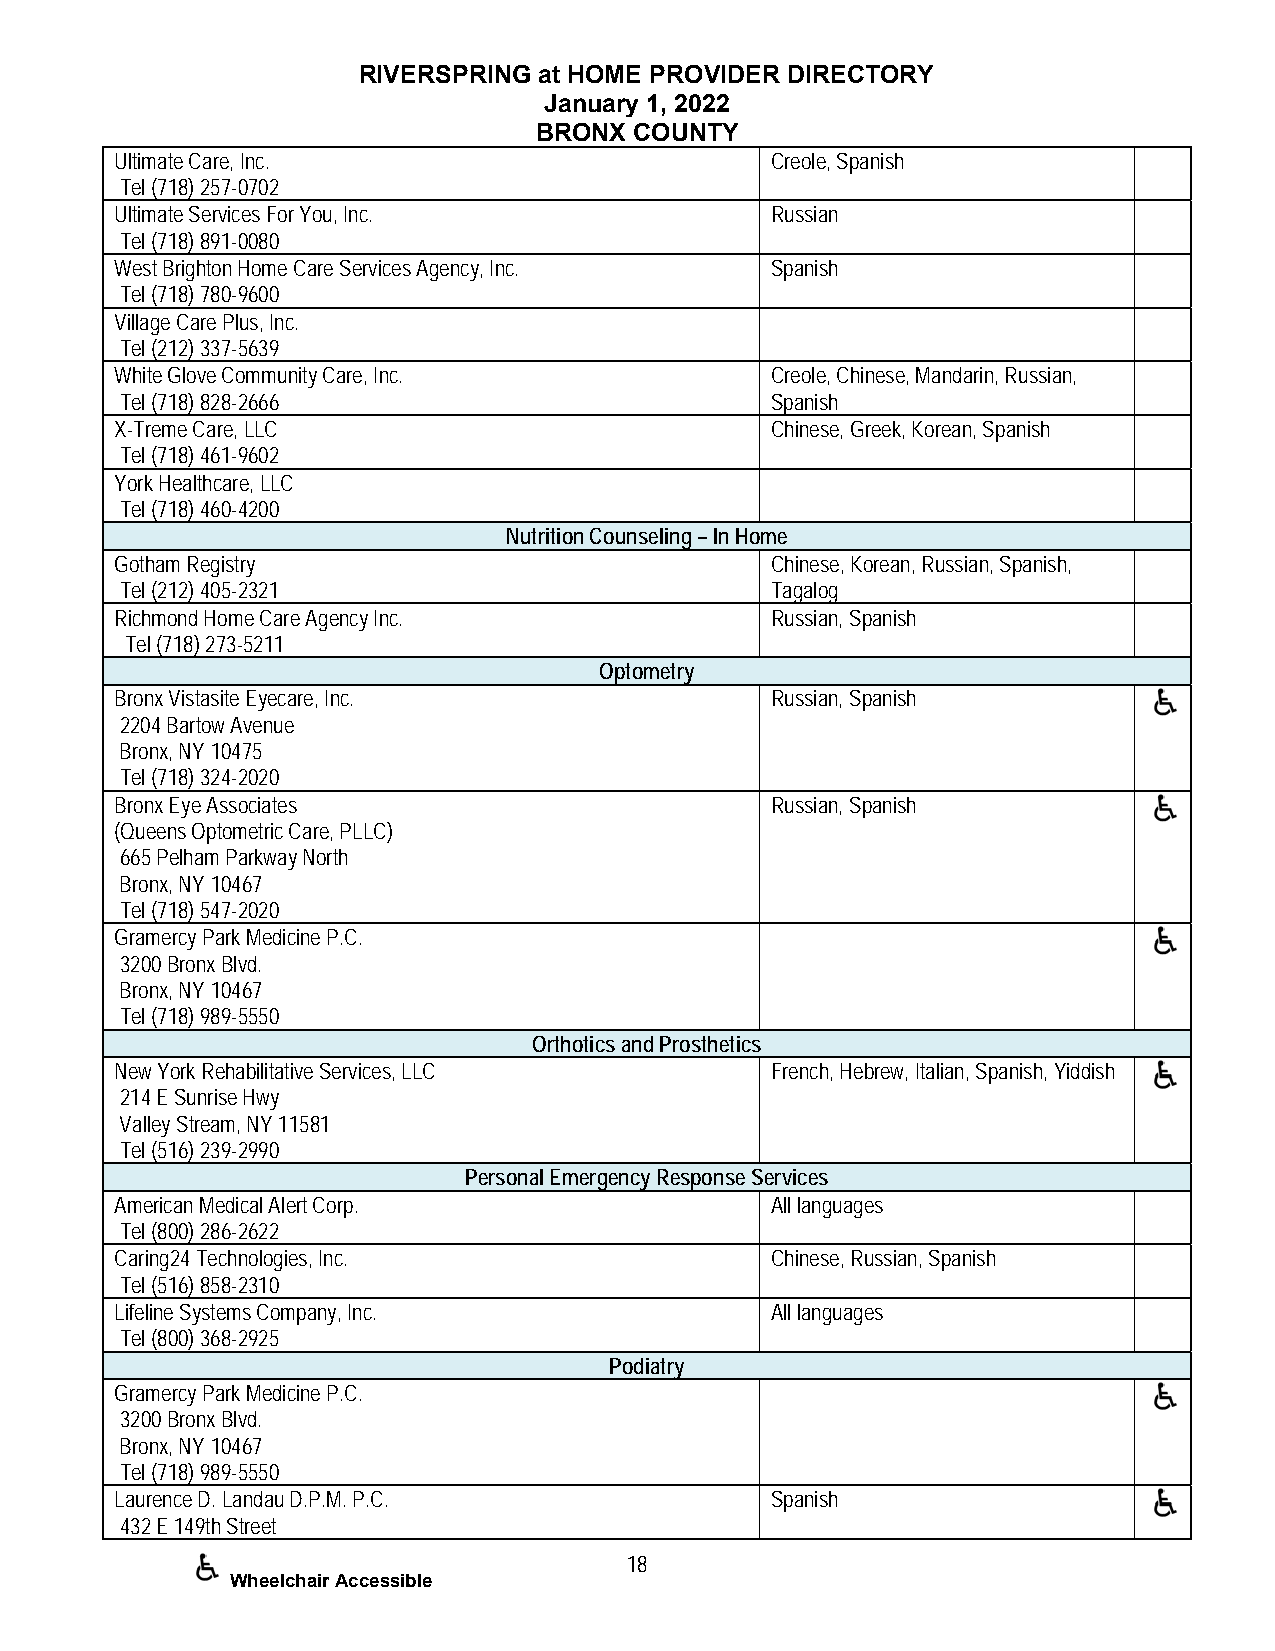
RIVERSPRING at HOME PROVIDER DIRECTORY
 January 1, 2022
 BRONX  COUNTY
 Ultimate Care, Inc.                        Creole, Spanish
 Tel (718) 257-0702
 Ultimate Services For You, Inc.            Russian
 Tel (718) 891-0080
 West Brighton Home Care Services Agency, Inc. Spanish
 Tel (718) 780-9600
 Village Care Plus, Inc.
 Tel (212) 337-5639
 White Glove Community Care, Inc.           Creole, Chinese, Mandarin, Russian,
 Tel (718) 828-2666                         Spanish
 X-Treme Care, LLC                          Chinese, Greek, Korean, Spanish
 Tel (718) 461-9602
 York Healthcare, LLC
 Tel (718) 460-4200
 Nutrition Counseling – In Home
 Gotham Registry                            Chinese, Korean, Russian, Spanish,
 Tel (212) 405-2321                         Tagalog
 Richmond Home Care Agency Inc.             Russian, Spanish
 Tel (718) 273-5211
 Optometry
 Bronx Vistasite Eyecare, Inc.              Russian, Spanish
 2204 Bartow Avenue
 Bronx, NY 10475
 Tel (718) 324-2020
 Bronx Eye Associates                       Russian, Spanish
 (Queens Optometric Care, PLLC)
 665 Pelham Parkway North
 Bronx, NY 10467
 Tel (718) 547-2020
 Gramercy Park Medicine P.C.
 3200 Bronx Blvd.
 Bronx, NY 10467
 Tel (718) 989-5550
 Orthotics and Prosthetics
 New York Rehabilitative Services, LLC      French, Hebrew, Italian, Spanish, Yiddish
 214 E Sunrise Hwy
 Valley Stream, NY 11581
 Tel (516) 239-2990
 Personal Emergency Response Services
 American Medical Alert Corp.               All languages
 Tel (800) 286-2622
 Caring24 Technologies, Inc.                Chinese, Russian, Spanish
 Tel (516) 858-2310
 Lifeline Systems Company, Inc.             All languages
 Tel (800) 368-2925
 Podiatry
 Gramercy Park Medicine P.C.
 3200 Bronx Blvd.
 Bronx, NY 10467
 Tel (718) 989-5550
 Laurence D. Landau D.P.M. P.C.             Spanish
 432 E 149th Street
 18
 Wheelchair Accessible